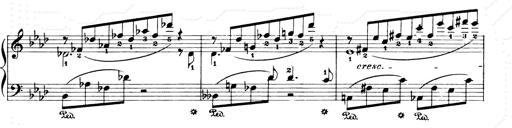
Title: Consolations and LiebestrÃ¤ume for the Piano
Composer: Franz Liszt